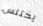
يختلس